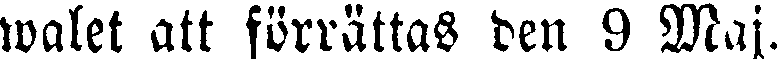
walet att förrättas den 9 Maj.